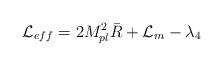
LaTeX: \begin{align*}{\cal L}_{eff} = 2 M_{pl}^2 \bar{R} + {\cal L}_m - \lambda_4\end{align*}